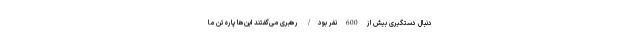
دنبال دستگیری بیش از 600 نفر بود/ رهبری می‌گفتند این‌ها پاره تن ما